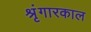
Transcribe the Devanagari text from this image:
श्रृंगारकाल